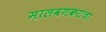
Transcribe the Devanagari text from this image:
मालवणकरांचा